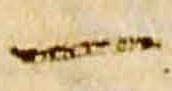
一